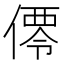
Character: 𬿑